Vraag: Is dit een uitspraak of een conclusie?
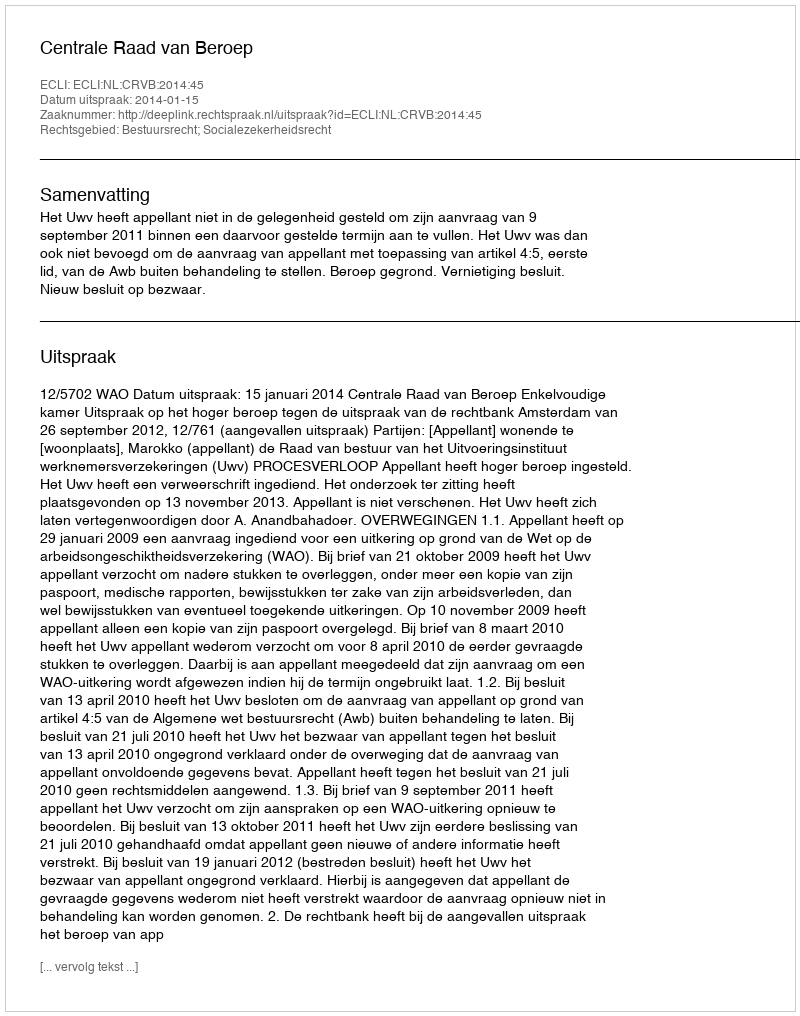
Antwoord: Uitspraak